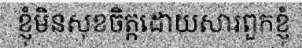
ខ្ញុំមិនសុខចិត្តដោយសារពួកខ្ញុំ